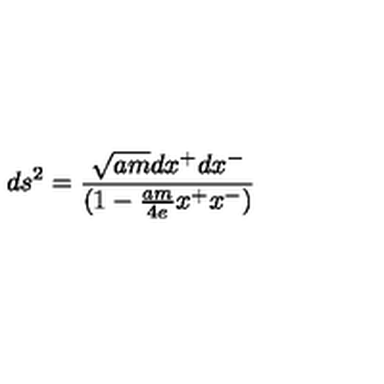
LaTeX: d s ^ { 2 } = { \frac { \sqrt { a m } d x ^ { + } d x ^ { - } } { ( 1 - { \frac { a m } { 4 e } } x ^ { + } x ^ { - } ) } }